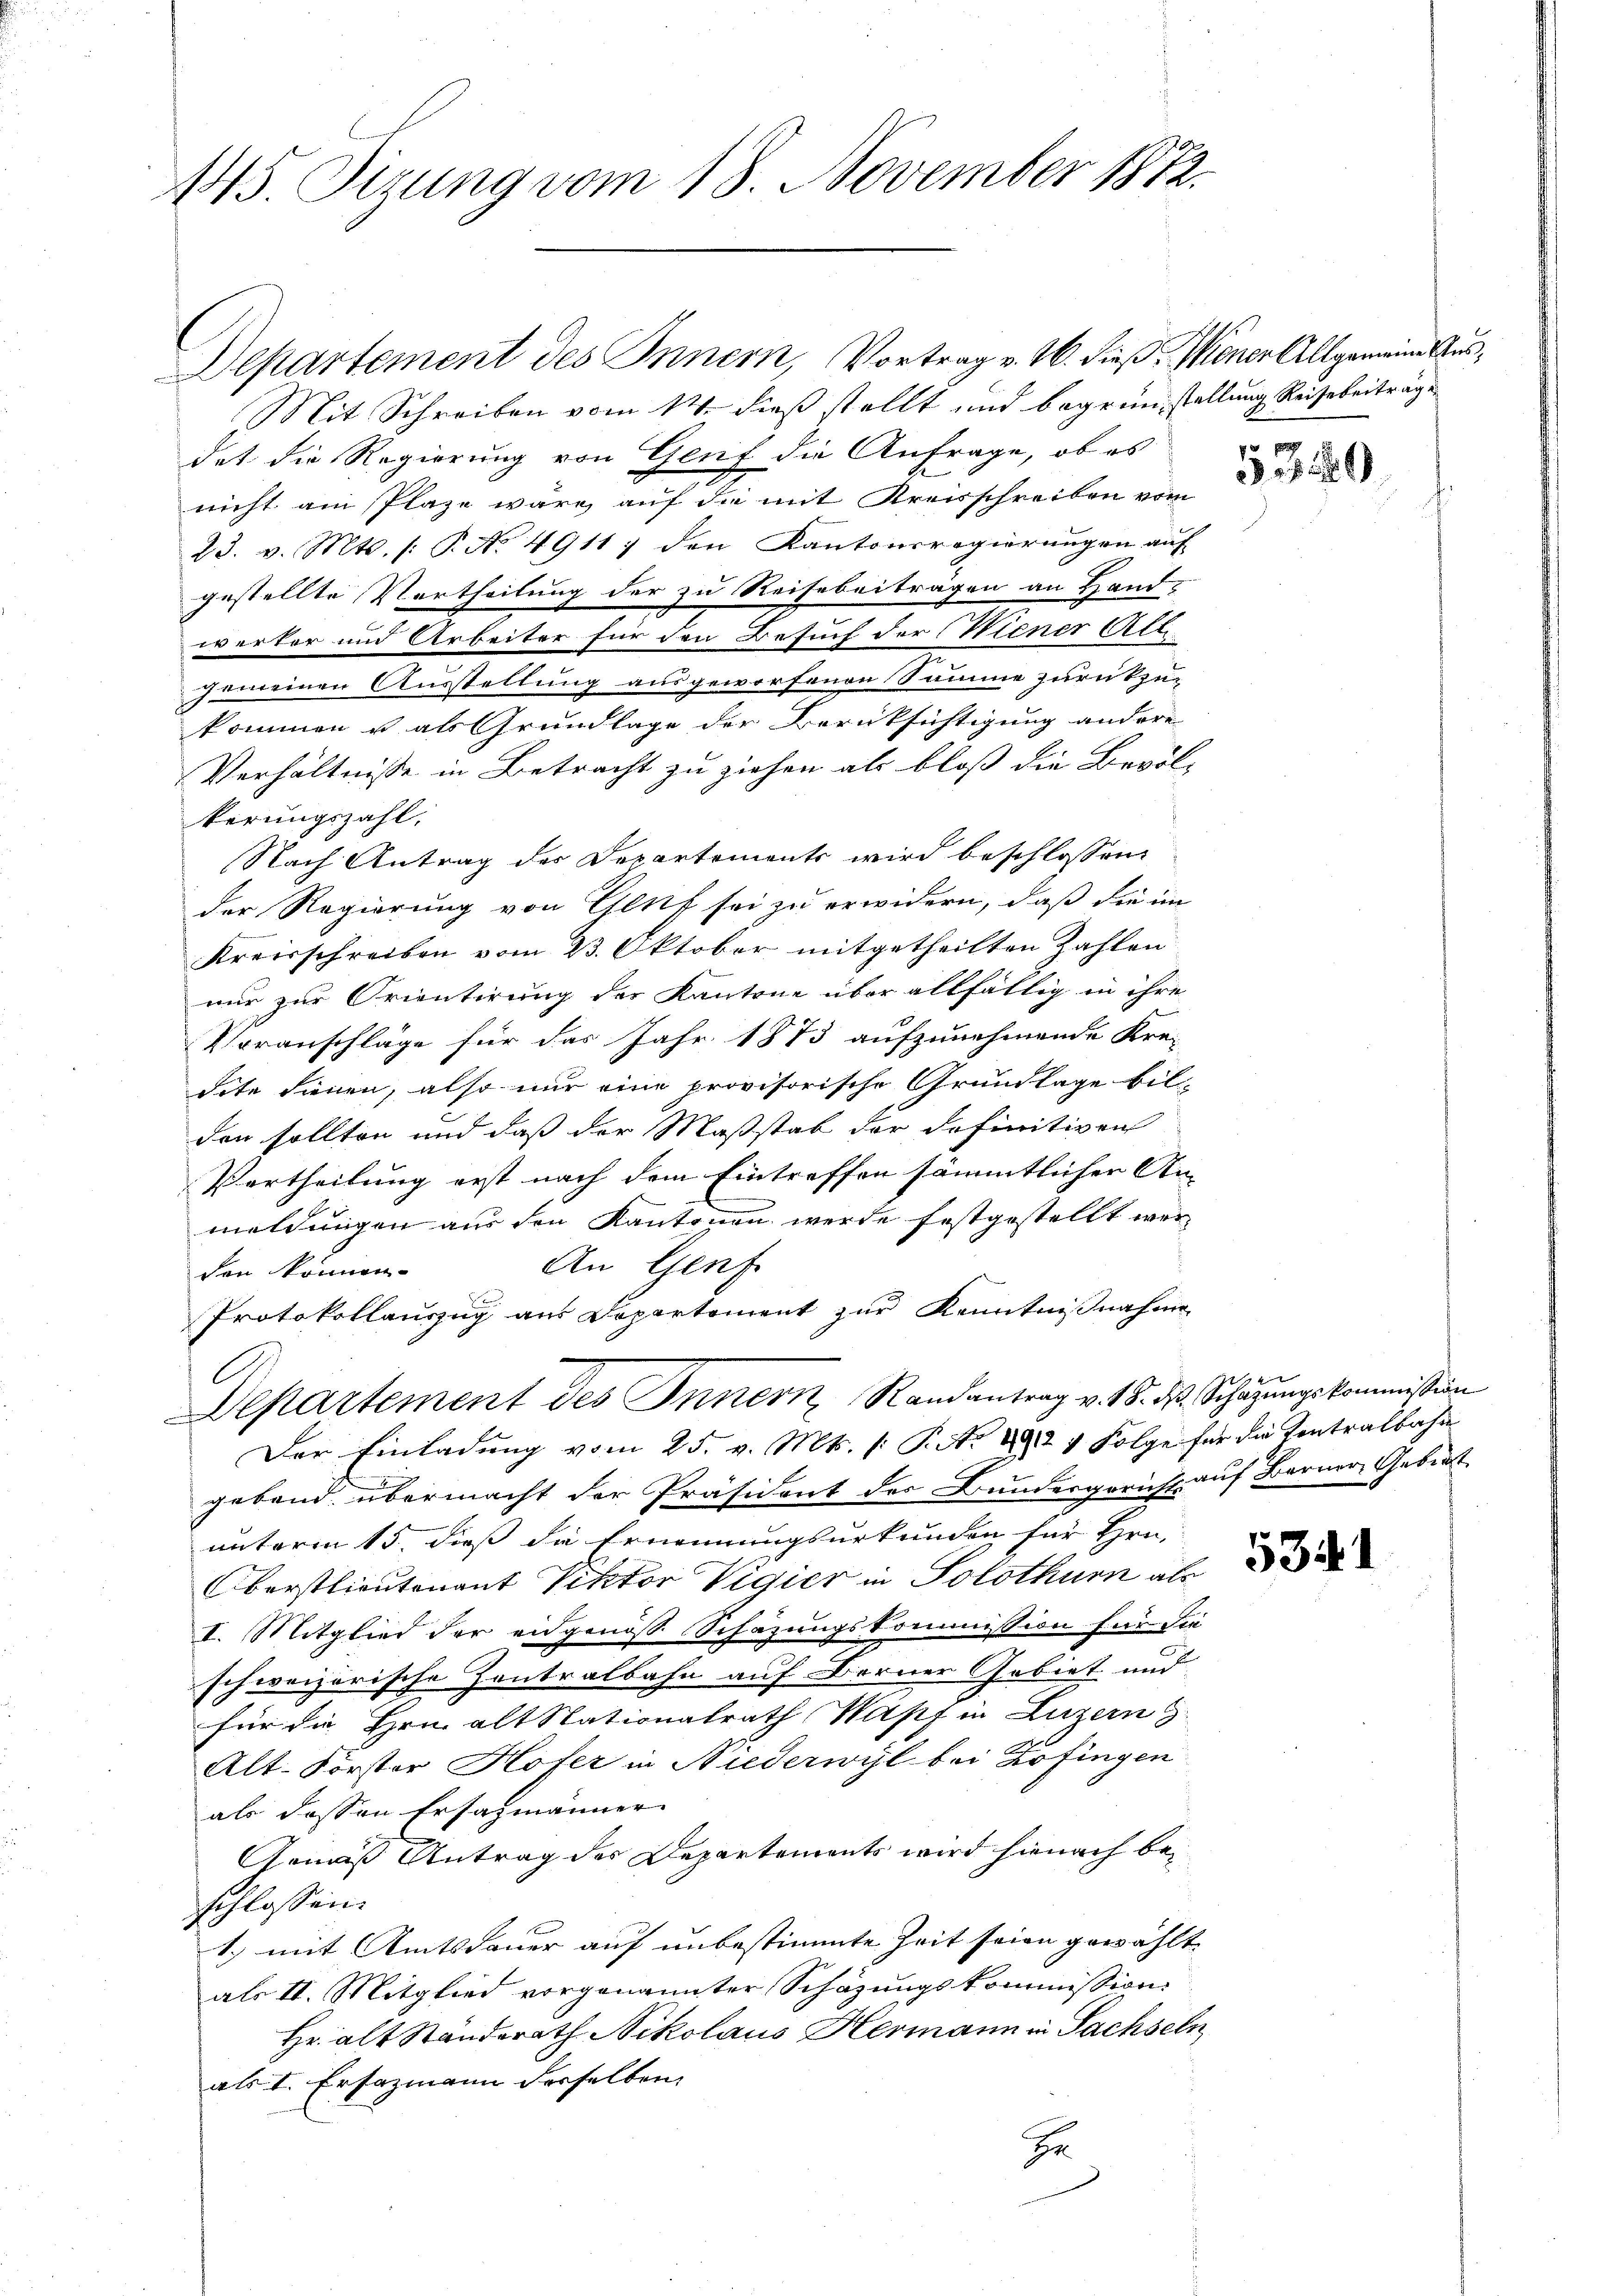
145. Sizung vom 18. November 1872.

Departement des Innern, Vortrag v. 16. dieß, Mener Allgemeine Aus¬
Mit Schreiben vom 14. dieß stellt und begrünstellung Reiserbeiträge
det die Regierung von Genf die Anfrage, ob es
nicht am Plaze wäre, auf die mit Kreisschreiben vom
23. v. Mts. /: P. No. 4911) den Kantonsregierungen auf
gestellte Vortheilung der zu Reisebeiträgen an Hand-
werker und Arbeiter für den Besuch der Wiener Alt
prareinen Ausstellung ausgeworfenen Summe zurükzu-
kommen u als Grundlage der Berücksichtigung andere
Verhältnisse in Betracht zu ziehen als bloß die Bevöl-
kerungszahl.
Nach Antrag der Departements wird beschlossen:
der Regierung von Glief sei zu erwidern, daß die im
Kreisschreiben vom 23. Oktober mitgetheilten Zahlen
nur zur Orientirung der Kantone über allfältig in ihre
Voranschläge für das Jahr 1873 aufzunehmende Kre-
dite dienen, also nur eine provisorische Grundlage bil-
den sollten und daß der Maßstab der definitiven
Vertheilung erst nach dem Eintreffen sämmtlichen An-
meldungen aus den Kantonen werde festgestellt wer¬
An Genf
sen können.
x
Protokollauszug aus Departement zur Kenntnißnahme
A
Departement des Innern Randantrag v. 18. d. Schätzungskommission
Der Einladung vom 25. v. Mts. (: P. No 292 v Folge für die Zentralbahn
geband übermacht der Präsident des Bundergericht auf Berner Gebiet
unterm 15. dieß die Ernennungsurkunden für Hrn.
Oberstlieutenant Viktor Vigier in Solothurn als
I. Mitglied der eidgenöß Schazungskommission für die
schweizerische Contralbahn auf Berner Gebiet und
für die Hemalt Stationalrath Wapf in Luzern
Alt-Forster Hofer in Niederwyl bei Zofingen
als dessen Ersatzmänner
Gemäß Antrag der Departements wird hienach bei
schlossen:
1.) mit Amtsdauer auf unbestimmte Zeit seien gewählt
als II. Mitglied vorgenannter Schazungskommission
Hr. alt Ständerath Nikolaus Hermann in Sachseln
als I. Ersazmann dieselben,
r

53 189

5341